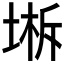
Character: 𰊁